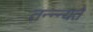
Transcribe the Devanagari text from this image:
तन्न्न्यते